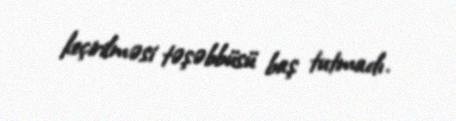
keçirilməsi təşəbbüsü baş tutmadı.